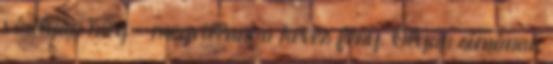
vádliján meg - megvillant a kevés fény. Olyan simának